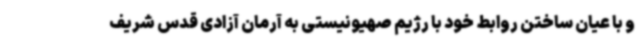
و با عیان ساختن روابط خود با رژیم صهیونیستی به آرمان آزادی قدس شریف